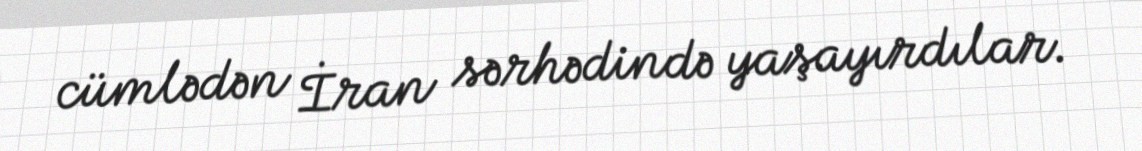
cümlədən İran sərhədində yaşayırdılar.